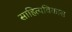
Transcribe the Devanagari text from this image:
साहित्यविकास